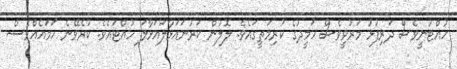
ހުއްޓުނީވެސް ދަރިފުޅު މަރުވީވެސް ހަމީދުގެ ކުރިމަތީގައެވެ. ލޮލުން ކަރުނައަޅާލައަޅާލަ ހުއްޓައެވެ. ކުރެވޭނެ ހަމައެއްވެސް